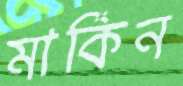
মার্কিন